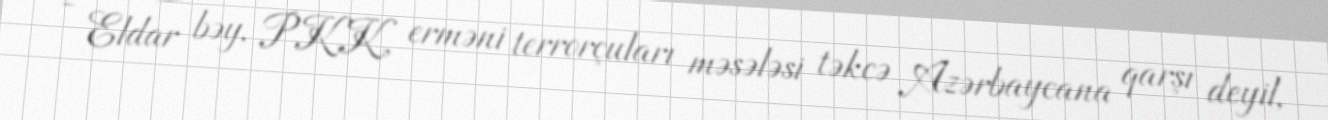
- Eldar bəy, PKK, erməni terrorçuları məsələsi təkcə Azərbaycana qarşı deyil,